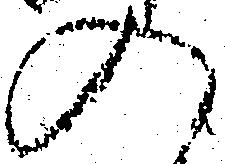
入